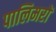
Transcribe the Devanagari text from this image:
पालिमरों